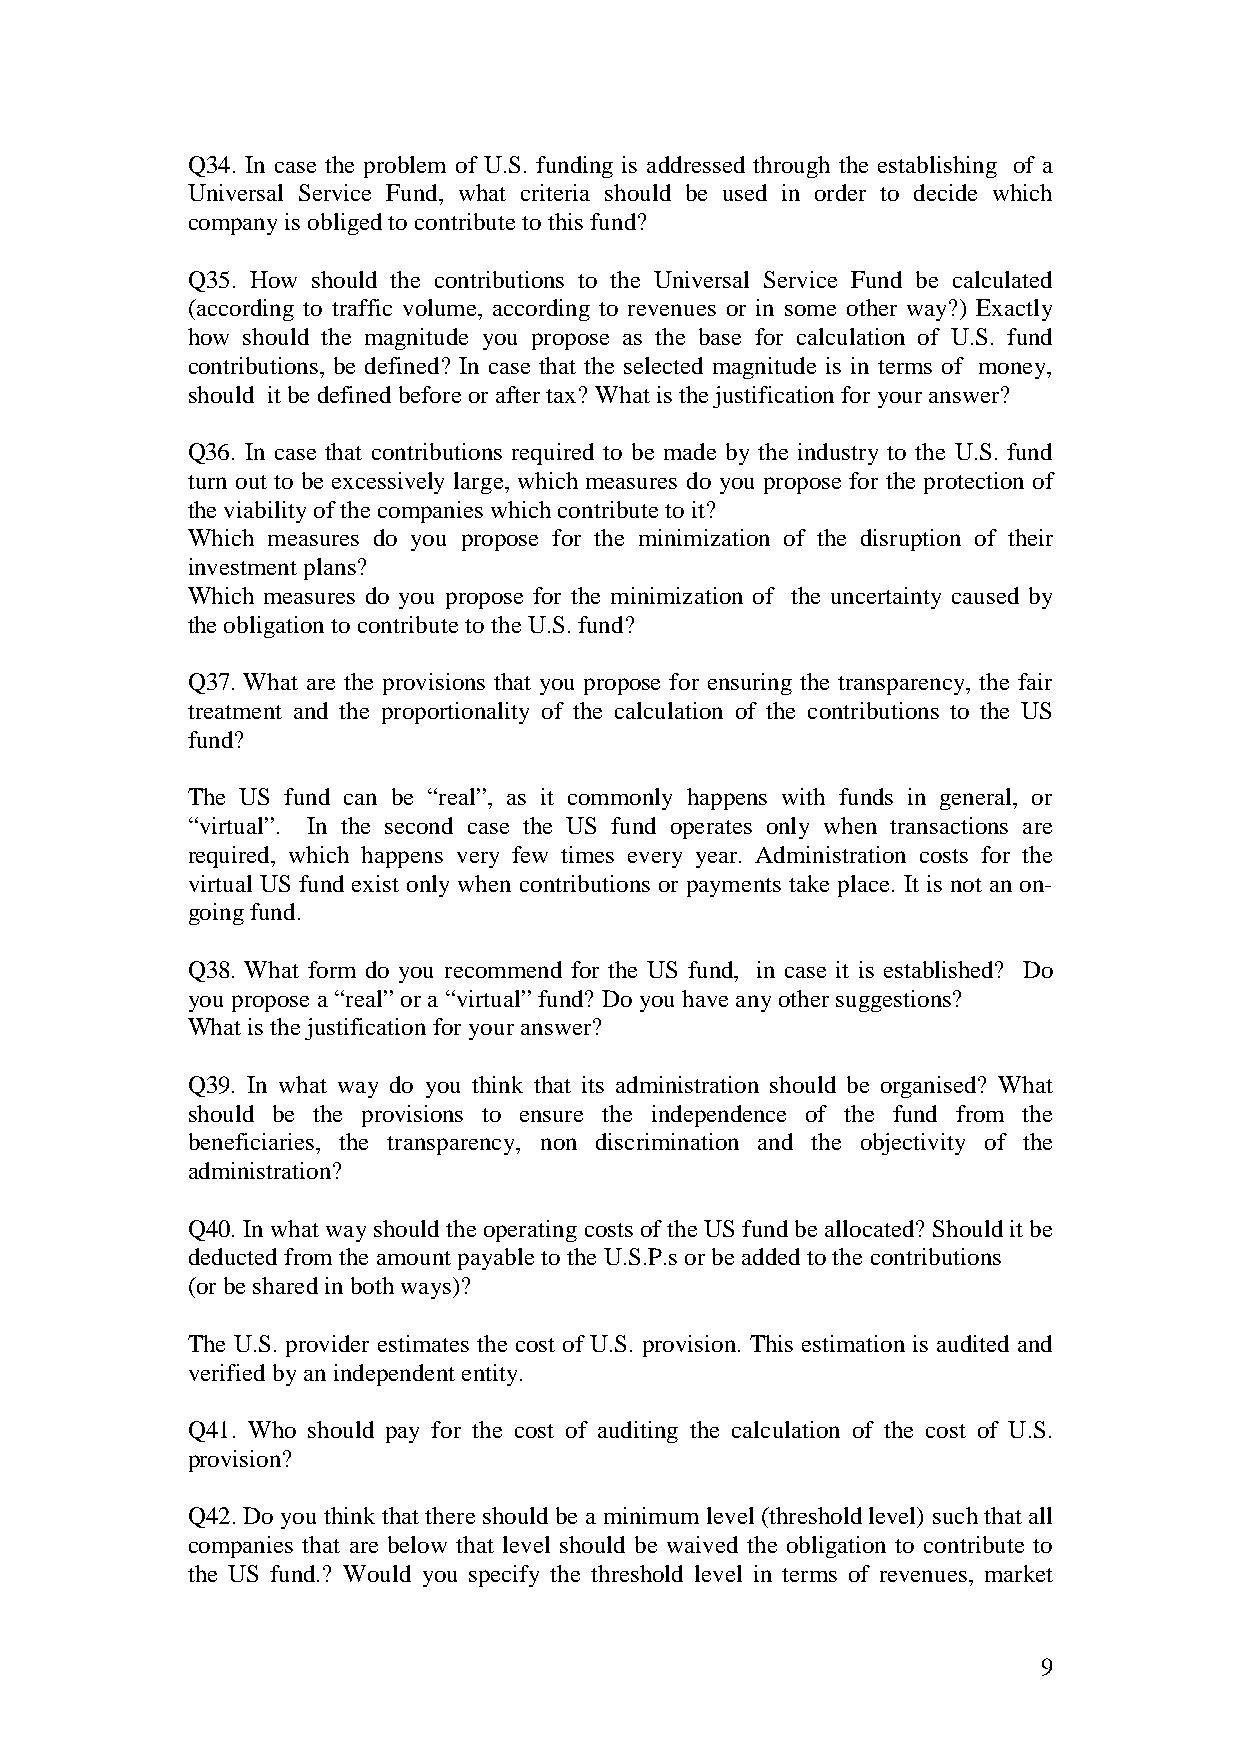
Q34. In case the problem of U.S. funding is addressed through the establishing of a
 Universal Service Fund, what criteria should be used in order to decide which
 company is obliged to contribute to this fund?
 Q35. How should the contributions to the Universal Service Fund be calculated
 (according to traffic volume, according to revenues or in some other way?) Exactly
 how should the magnitude you propose as the base for calculation of U.S. fund
 contributions, be defined? In case that the selected magnitude is in terms of money,
 should it be defined before or after tax? What is the justification for your answer?
 Q36. In case that contributions required to be made by the industry to the U.S. fund
 turn out to be excessively large, which measures do you propose for the protection of
 the viability of the companies which contribute to it?
 Which measures do you propose for the minimization of the disruption of their
 investment plans?
 Which measures do you propose for the minimization of the uncertainty caused by
 the obligation to contribute to the U.S. fund?
 Q37. What are the provisions that you propose for ensuring the transparency, the fair
 treatment and the proportionality of the calculation of the contributions to the US
 fund?
 The US fund can be “real”, as it commonly happens with funds in general, or
 “virtual”. In the second case the US fund operates only when transactions are
 required, which happens very few times every year. Administration costs for the
 virtual US fund exist only when contributions or payments take place. It is not an on-
 going fund.
 Q38. What form do you recommend for the US fund, in case it is established? Do
 you propose a “real” or a “virtual” fund? Do you have any other suggestions?
 What is the justification for your answer?
 Q39. In what way do you think that its administration should be organised? What
 should be the provisions to ensure the independence of the fund from the
 beneficiaries, the transparency, non discrimination and the objectivity of the
 administration?
 Q40. In what way should the operating costs of the US fund be allocated? Should it be
 deducted from the amount payable to the U.S.P.s or be added to the contributions
 (or be shared in both ways)?
 The U.S. provider estimates the cost of U.S. provision. This estimation is audited and
 verified by an independent entity.
 Q41. Who should pay for the cost of auditing the calculation of the cost of U.S.
 provision?
 Q42. Do you think that there should be a minimum level (threshold level) such that all
 companies that are below that level should be waived the obligation to contribute to
 the US fund.? Would you specify the threshold level in terms of revenues, market
 9